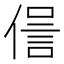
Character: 𠌜